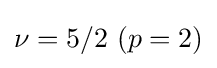
\nu =5/2\ (p=2)